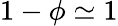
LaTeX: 1-\phi\simeq 1